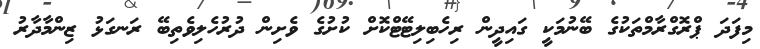
މިފަދަ ޕްރޮގްރާމްތަކުގެ ބޭނުމަކީ ގައިދީން ރިހެބިލިޓޭޓްކޮށް ކުށުގެ ވެށިން ދުރުހެލިވެތިބޭ ރަނގަޅު ޒިންމާދާރު